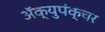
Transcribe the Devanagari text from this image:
ॲक्युपंक्चर